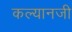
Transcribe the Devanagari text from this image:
कल्यानजी